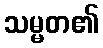
သမ္မတ၏